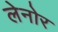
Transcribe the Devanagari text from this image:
लेनोर